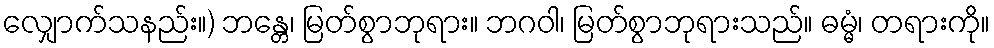
လျှောက်သနည်း။) ဘန္တေ၊ မြတ်စွာဘုရား။ ဘဂဝါ၊ မြတ်စွာဘုရားသည်။ ဓမ္မံ၊ တရားကို။